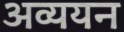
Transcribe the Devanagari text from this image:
अव्ययन